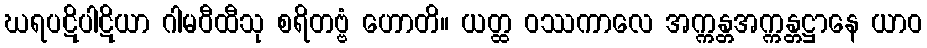
ဃရပဋိပါဋိယာ ဂါမဝီထီသု စရိတဗ္ဗံ ဟောတိ။ ယတ္ထ ဝဿကာလေ အက္ကန္တအက္ကန္တဋ္ဌာနေ ယာဝ